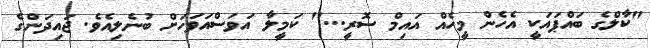
"ކާލްގެ ބައްޕައަކީ އެހެން މީހެއް އައިމް ސޮރީ..." ކަމީލާ އަވަސްއަވަހަށް ބުނެލިއެވެ. ޖައިދަންގެ